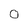
Character: 0